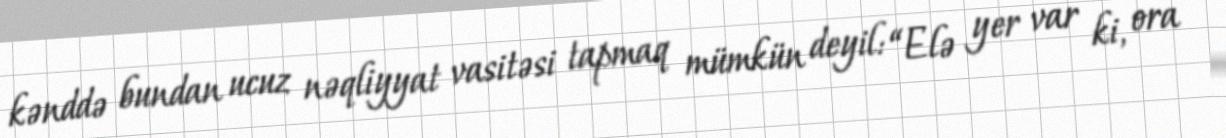
kənddə bundan ucuz nəqliyyat vasitəsi tapmaq mümkün deyil: “Elə yer var ki, ora